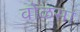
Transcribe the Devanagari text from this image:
वोळसा